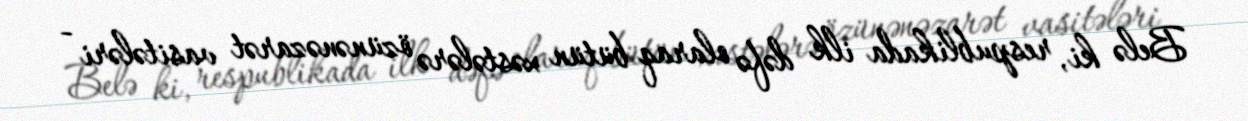
Belə ki, respublikada ilk dəfə olaraq bütün xəstələrə özünənəzarət vasitələri -